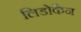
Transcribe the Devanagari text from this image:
लिडोकैन